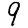
Digit: 9